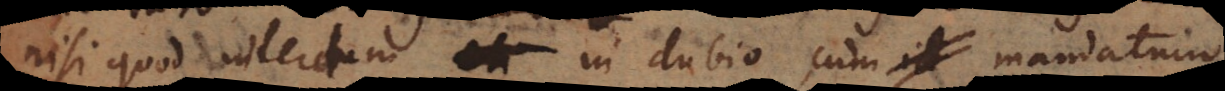
nisi quod interdum in dubio, cum mandatum